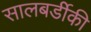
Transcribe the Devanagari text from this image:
सालबर्डीकी